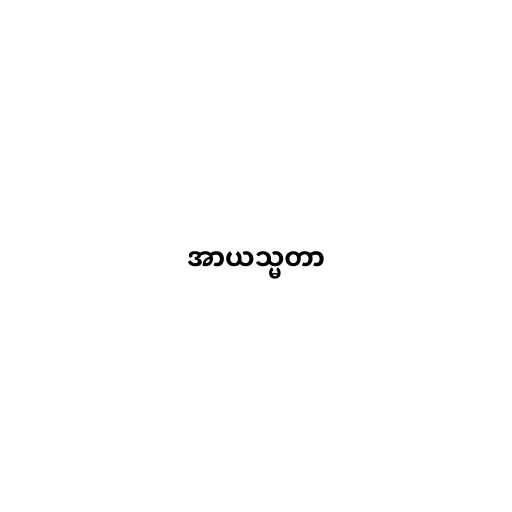
အာယသ္မတာ